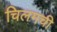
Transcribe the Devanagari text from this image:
चिलमची